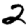
Digit: 2